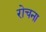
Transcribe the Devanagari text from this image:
रोचना